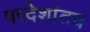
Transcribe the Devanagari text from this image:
परदेशांतच